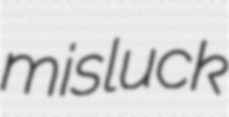
misluck